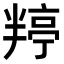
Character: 𭁙